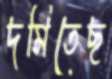
দমিতেছ